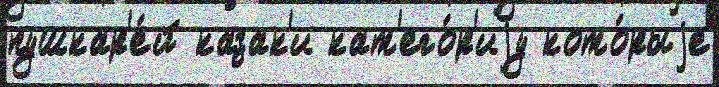
пушкар'е́й казак'и кат'его́р'иjу кото́рыjе